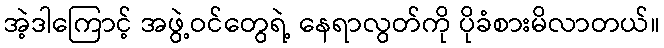
အဲ့ဒါကြောင့် အဖွဲ့ဝင်တွေရဲ့ နေရာလွတ်ကို ပိုခံစားမိလာတယ်။